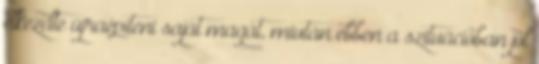
elkezdte újraépíteni saját magát, miután ebben a szituációban jól